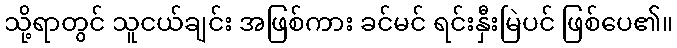
သို့ရာတွင် သူငယ်ချင်း အဖြစ်ကား ခင်မင် ရင်းနှီးမြဲပင် ဖြစ်ပေ၏။